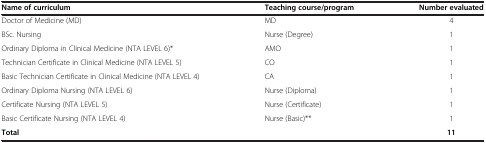
<table><thead><tr><td><b>Name of curriculum</b></td><td><b>Teaching course/program</b></td><td><b>Number evaluated</b></td></tr></thead><tbody><tr><td>Doctor of Medicine (MD)</td><td>MD</td><td>4</td></tr><tr><td>BSc. Nursing</td><td>Nurse (Degree)</td><td>1</td></tr><tr><td>Ordinary Diploma in Clinical Medicine (NTA LEVEL 6)*</td><td>AMO</td><td>1</td></tr><tr><td>Technician Certificate in Clinical Medicine (NTA LEVEL 5)</td><td>CO</td><td>1</td></tr><tr><td>Basic Technician Certificate in Clinical Medicine (NTA LEVEL 4)</td><td>CA</td><td>1</td></tr><tr><td>Ordinary Diploma Nursing (NTA LEVEL 6)</td><td>Nurse (Diploma)</td><td>1</td></tr><tr><td>Certificate Nursing (NTA LEVEL 5)</td><td>Nurse (Certificate)</td><td>1</td></tr><tr><td>Basic Certificate Nursing (NTA LEVEL 4)</td><td>Nurse (Basic)**</td><td>1</td></tr><tr><td><b>Total</b></td><td> </td><td><b>11</b></td></tr></tbody></table>